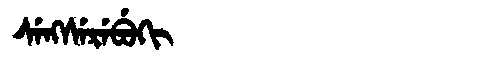
Manchu: ᠰᡝᠩᠰᡝᡵᡝᠪᡠᡴᡳ
Romanization: SENGSEREBUKI